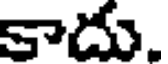
కాదు.